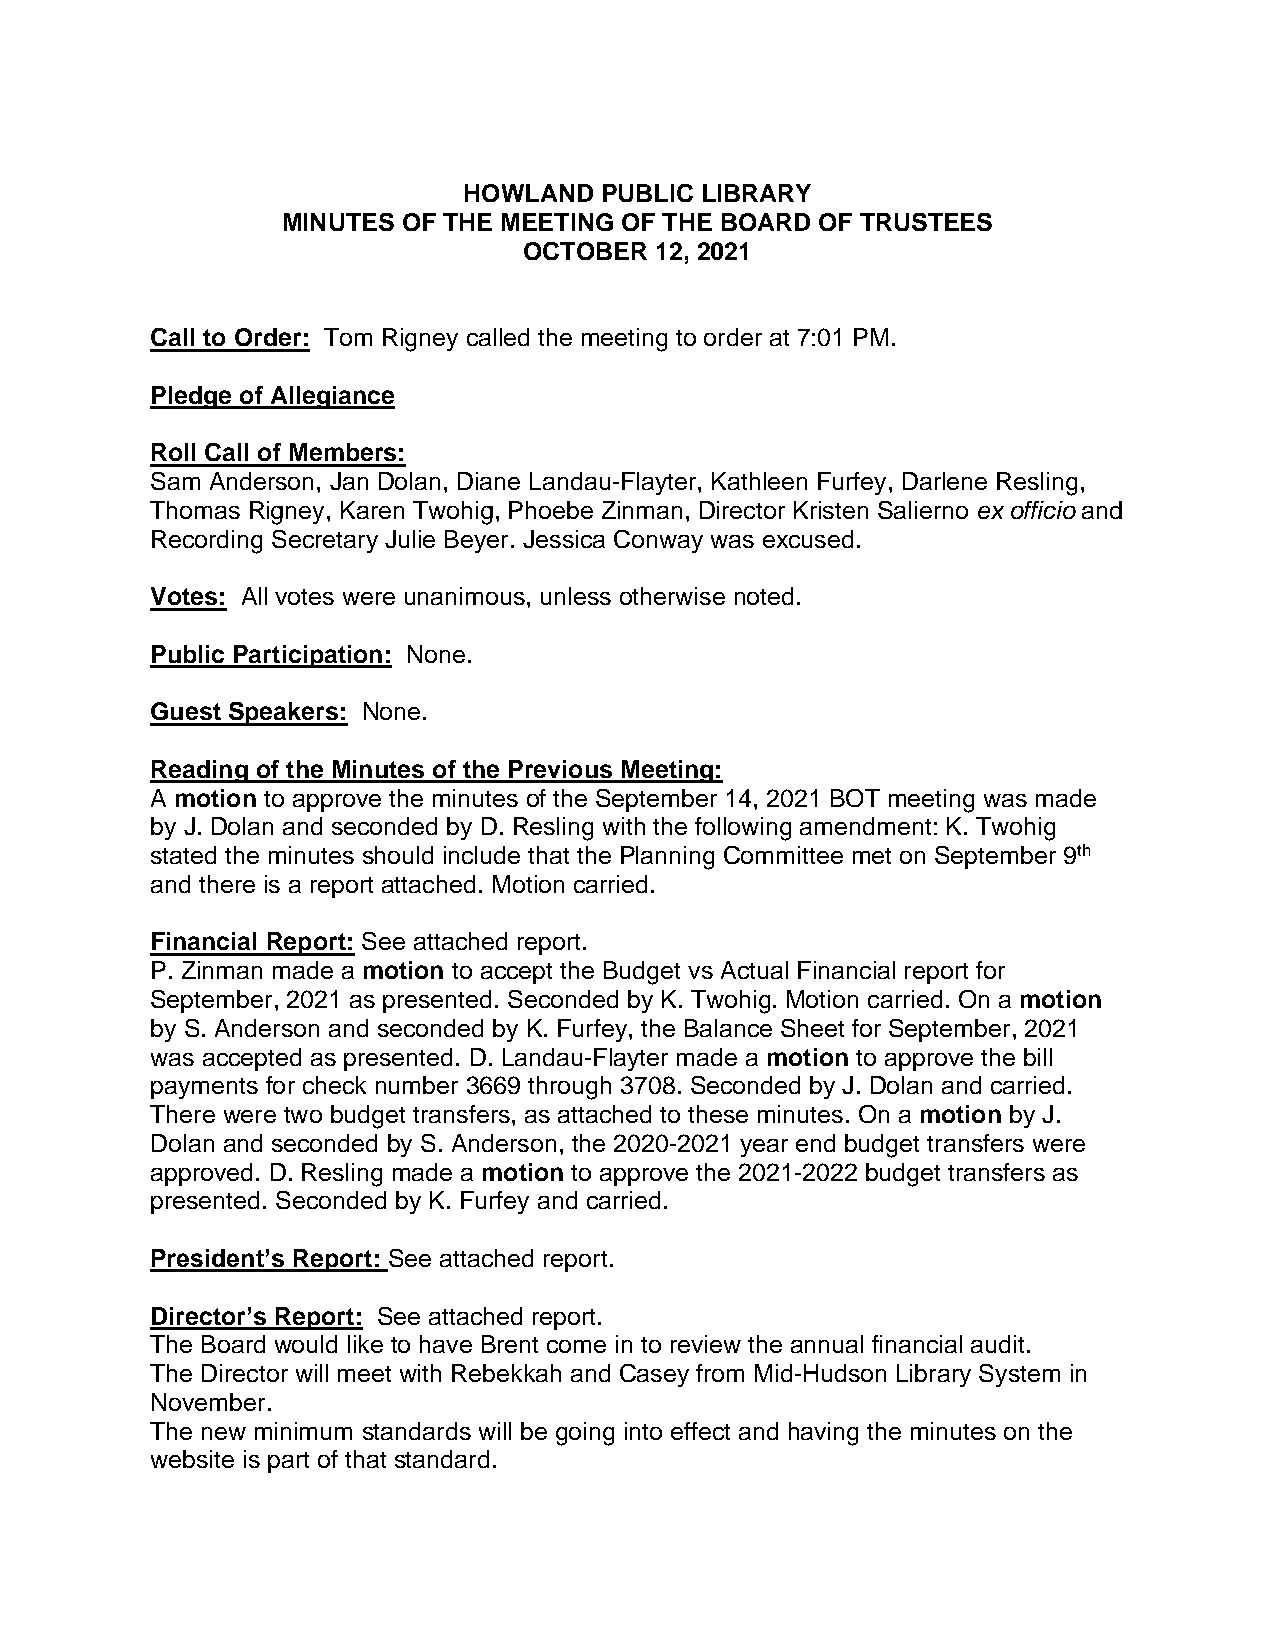
HOWLAND  PUBLIC LIBRARY
 MINUTES OF THE MEETING OF THE BOARD OF TRUSTEES
 OCTOBER 12, 2021
 Call to Order: Tom Rigney called the meeting to order at 7:01 PM.
 Pledge of Allegiance
 Roll Call of Members:
 Sam Anderson, Jan Dolan, Diane Landau-Flayter, Kathleen Furfey, Darlene Resling,
 Thomas Rigney, Karen Twohig, Phoebe Zinman, Director Kristen Salierno ex officio and
 Recording Secretary Julie Beyer. Jessica Conway was excused.
 Votes: All votes were unanimous, unless otherwise noted.
 Public Participation: None.
 Guest Speakers: None.
 Reading of the Minutes of the Previous Meeting:
 A motion to approve the minutes of the September 14, 2021 BOT meeting was made
 by J. Dolan and seconded by D. Resling with the following amendment: K. Twohig
 stated the minutes should include that the Planning Committee met on September 9th
 and there is a report attached. Motion carried.
 Financial Report: See attached report.
 P. Zinman made a motion to accept the Budget vs Actual Financial report for
 September, 2021 as presented. Seconded by K. Twohig. Motion carried. On a motion
 by S. Anderson and seconded by K. Furfey, the Balance Sheet for September, 2021
 was accepted as presented. D. Landau-Flayter made a motion to approve the bill
 payments for check number 3669 through 3708. Seconded by J. Dolan and carried.
 There were two budget transfers, as attached to these minutes. On a motion by J.
 Dolan and seconded by S. Anderson, the 2020-2021 year end budget transfers were
 approved. D. Resling made a motion to approve the 2021-2022 budget transfers as
 presented. Seconded by K. Furfey and carried.
 President’s Report: See attached report.
 Director’s Report: See attached report.
 The Board would like to have Brent come in to review the annual financial audit.
 The Director will meet with Rebekkah and Casey from Mid-Hudson Library System in
 November.
 The new minimum standards will be going into effect and having the minutes on the
 website is part of that standard.